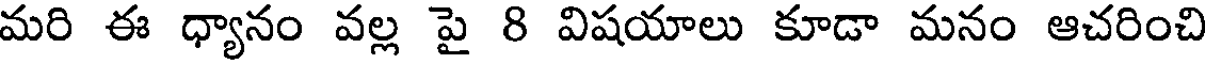
మరి ఈ ధ్యానం వల్ల పై 8 విషయాలు కూడా మనం ఆచరించి